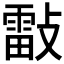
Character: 𣀀